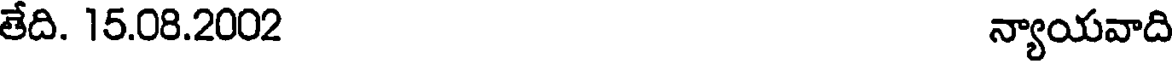
తేది. 15.08.2002 న్యాయవాది